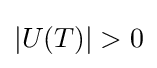
|U(T)|>0